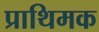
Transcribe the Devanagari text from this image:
प्राथिमक